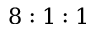
8 : 1 : 1